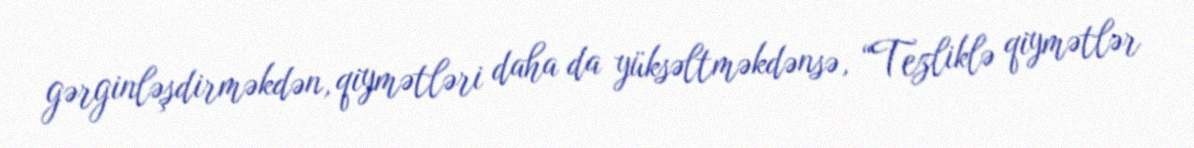
gərginləşdirməkdən, qiymətləri daha da yüksəltməkdənsə, “Tezliklə qiymətlər